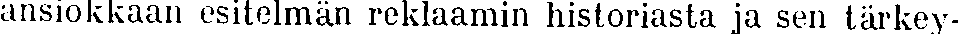
ansiokkaan esitelmän reklaamin historiasta ja sen tärkey-